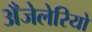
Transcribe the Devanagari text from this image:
अँजेलेरियो